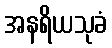
အနရိယသုခံ